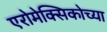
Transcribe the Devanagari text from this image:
एरोमेक्सिकोच्या